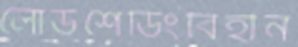
লোডশেডিংবিহীন